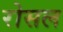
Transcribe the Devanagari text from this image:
रोसल